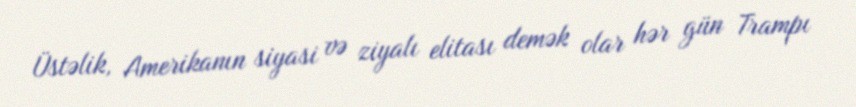
Üstəlik, Amerikanın siyasi və ziyalı elitası demək olar hər gün Trampı